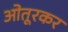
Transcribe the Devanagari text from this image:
ओतूरकर